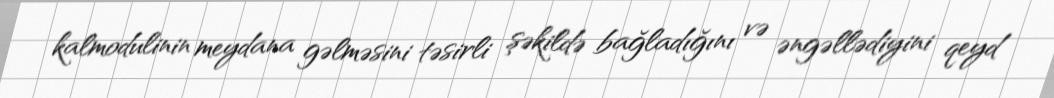
kalmodulinin meydana gəlməsini təsirli şəkildə bağladığını və əngəllədiyini qeyd